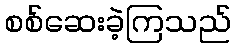
စစ်ဆေးခဲ့ကြသည်